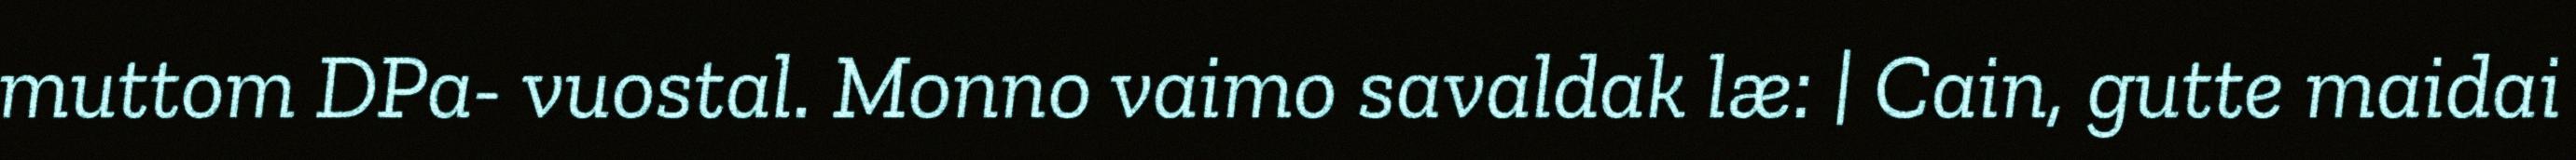
muttom DPa- vuostal. Monno vaimo savaldak læ: | Cain, gutte maidai